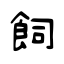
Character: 飼